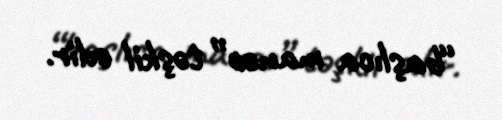
“başlıca maneə” təşkil edir.